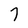
Character: 7